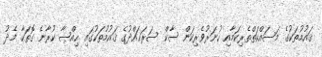
ޤައުމުތަކުގެ މަސައްކަތްތެރިކަމާއި ހުނަރުވެރިކަން ސާކް ސަރަޙައްދުގެ ޤައުމުތަކުގައި ޙިއްޞާ ކުރާނެ ގޮތަކާ މެދު